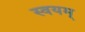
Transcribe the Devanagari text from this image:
स्वयम्‌